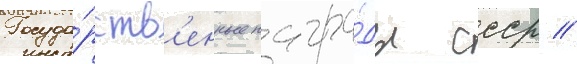
Госуда́рств'енные награ́ды ссср //